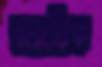
ডায়াডিক